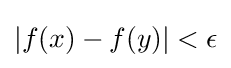
|f(x)-f(y)|<\epsilon